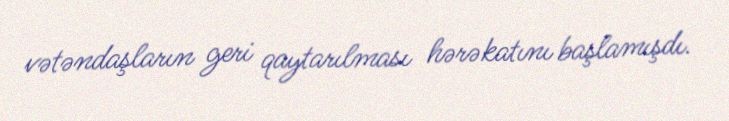
vətəndaşların geri qaytarılması hərəkatını başlamışdı.